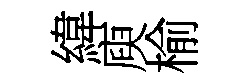
緯庾榆